Annual report on the Civil Veterinary Department, Burma (including the Insein Veterinary School) - 1932-1941
Year: 1932
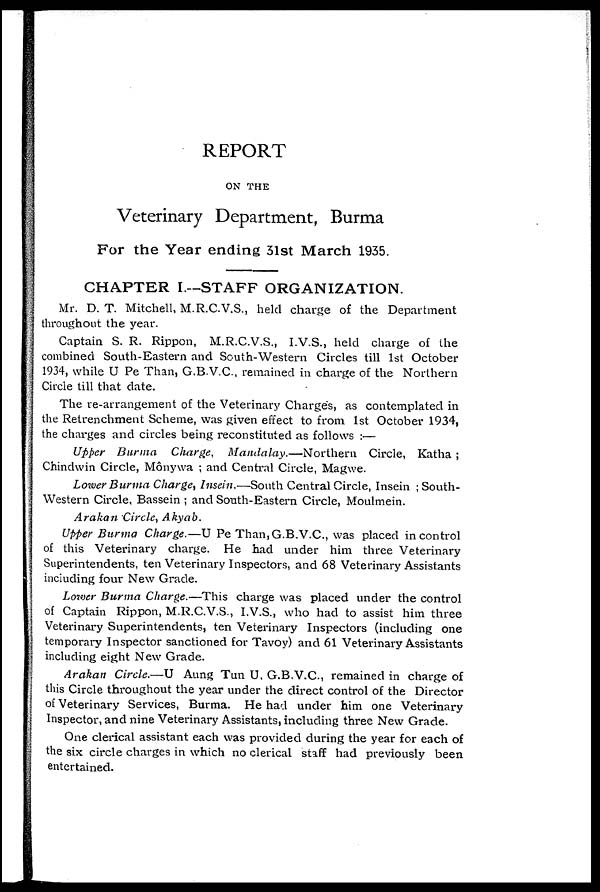
REPORT
ON THE
Veterinary Department, Burma
For the Year ending 31st March 1935.
CHAPTER I.—STAFF ORGANIZATION.
Mr. D. T. Mitchell, M.R.C.V.S., held charge of the Department
throughout the year.
Captain S. R. Rippon, M.R.C.V.S., I.V.S., held charge of the
combined South-Eastern and South-Western Circles till 1st October
1934, while U Pe Than, G.B.V.C., remained in charge of the Northern
Circle till that date.
The re-arrangement of the Veterinary Charges, as contemplated in
the Retrenchment Scheme, was given effect to from 1st October 1934,
the charges and circles being reconstituted as follows :—
Upper Burma Charge, Mandalay.—Northern
Circle, Katha ;
Chindwin Circle, Mônywa ; and Central Circle, Magwe.
Lower Burma Charge, Insein.—South Central Circle, Insein ; South-
western Circle, Bassein ; and South-Eastern Circle, Moulmein.
Arakan Circle, Akyab.
Upper Burma Charge.—U Pe Than, G.B.V.C., was placed in control
of this Veterinary charge. He had under him three Veterinary
Superintendents, ten Veterinary Inspectors, and 68 Veterinary Assistants
including four New Grade.
Lower Burma Charge.—This charge was placed under the control
of Captain Rippon, M.R.C.V.S., I.V.S., who had to assist him three
Veterinary Superintendents, ten Veterinary Inspectors (including one
temporary Inspector sanctioned for Tavoy) and 61 Veterinary Assistants
including eight New Grade.
Arakan Circle.—U Aung Tun U, G.B.V.C., remained in charge of
this Circle throughout the year under the direct control of the Director
of Veterinary Services, Burma. He had under him one Veterinary
Inspector, and nine Veterinary Assistants, including three New Grade.
One clerical assistant each was provided during the year for each of
the six circle charges in which no clerical staff had previously been
entertained.